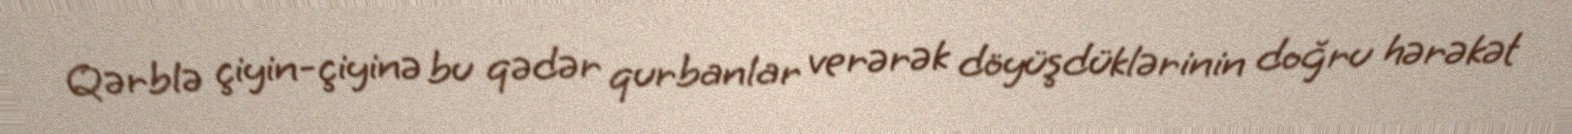
Qərblə çiyin-çiyinə bu qədər qurbanlar verərək döyüşdüklərinin doğru hərəkət